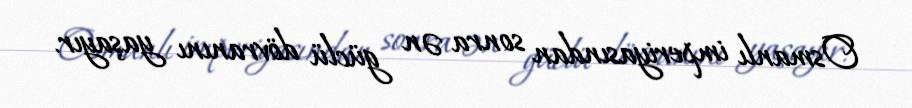
Osmanlı imperiyasından sonra ən güclü dövranını yaşayır.